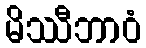
မိဿီဘာဝံ